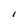
Character: l